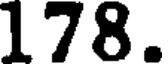
178.